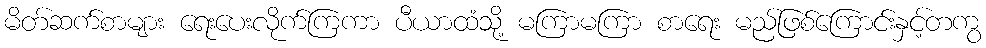
မိတ်ဆက်စာများ ရေးပေးလိုက်ကြကာ ပီယာထံသို့ မကြာမကြာ စာရေး မည်ဖြစ်ကြောင်းနှင့်တကွ